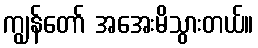
ကျွန်တော် အအေးမိသွားတယ်။